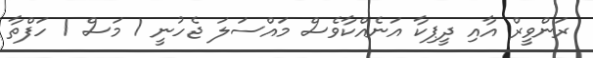
ރަންވީރް އާއި ދީޕިކާ އަނެއްކާވެސް މައްސަލަ ޖެހުނީ 1 މަސް 1 ހަފްތާ